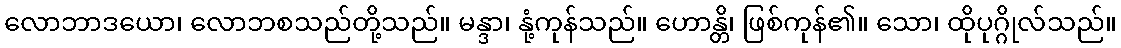
လောဘာဒယော၊ လောဘစသည်တို့သည်။ မန္ဒာ၊ နုံ့ကုန်သည်။ ဟောန္တိ၊ ဖြစ်ကုန်၏။ သော၊ ထိုပုဂ္ဂိုလ်သည်။